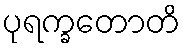
ပုရက္ခတောတိ